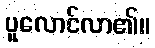
ပူလောင်လာ၏။